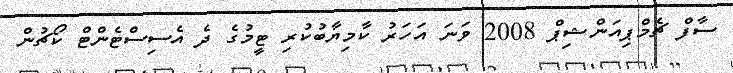
ސާފް ޗެމްޕިއަންޝިޕް 2008 ވަނަ އަހަރު ކާމިޔާބުކުރި ޓީމުގެ ދެ އެސިސްޓެންޓް ކޯޗުން